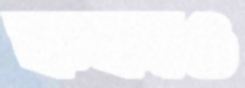
ককাও